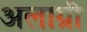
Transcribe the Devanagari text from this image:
अलाग्री